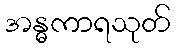
အန္ဓကာရသုတ်